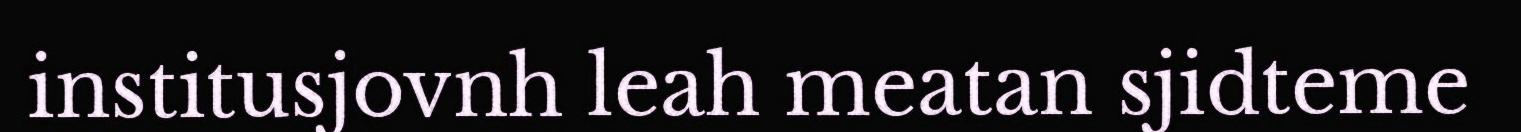
institusjovnh leah meatan sjidteme